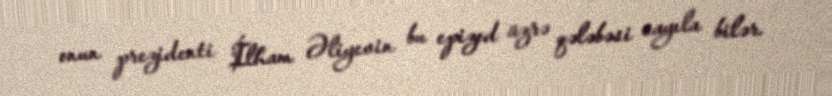
onun prezidenti İlham Əliyevin bu epizod üzrə qələbəsi sayıla bilər.